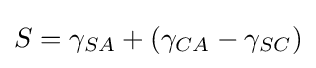
S=\gamma _{SA}+(\gamma _{CA}-\gamma _{SC})